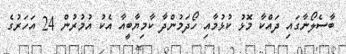
ބާސެލޯނާގައި ދައްކާ މޮޅު ކުޅުމާއި ހޯދަމުންދާ ކާމިޔާބީއާ އެކު އުމުރުން 24 އަހަރުގެ